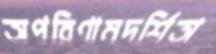
অপরিণামদর্শিতা